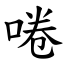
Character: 啳